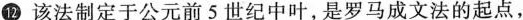
12 该法制定于公元前5世纪中叶，是罗马成文法的起点，